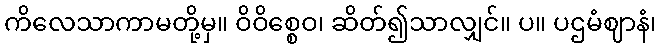
ကိလေသာကာမတို့မှ။ ဝိဝိစ္စေဝ၊ ဆိတ်၍သာလျှင်။ ပ။ ပဌမံဈာနံ၊